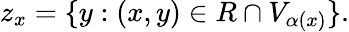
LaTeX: z_{x}=\{ y:(x,y)\in R\cap V_{\alpha(x)}\} .